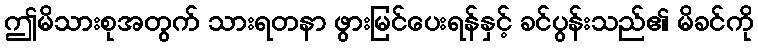
ဤမိသားစုအတွက် သားရတနာ ဖွားမြင်ပေးရန်နှင့် ခင်ပွန်းသည်၏ မိခင်ကို